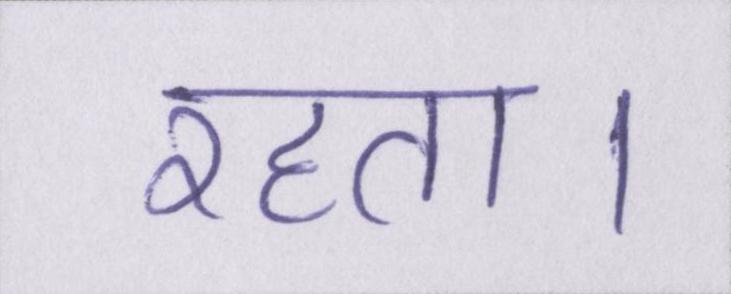
रहता।